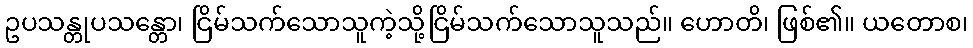
ဥပသန္တုပသန္တော၊ ငြိမ်သက်သောသူကဲ့သို့ငြိမ်သက်သောသူသည်။ ဟောတိ၊ ဖြစ်၏။ ယတောစ၊